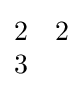
{\begin{matrix}2&2\\3\end{matrix}}